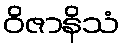
ဝိဇာနိသံ